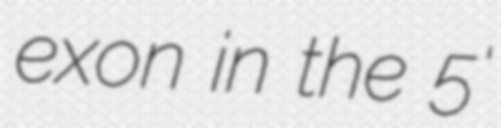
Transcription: exon in the 5'